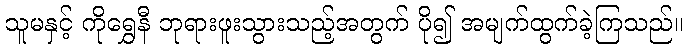
သူမနှင့် ကိုရွှေနီ ဘုရားဖူးသွားသည့်အတွက် ပို၍ အမျက်ထွက်ခဲ့ကြသည်။